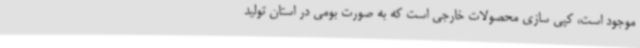
موجود است، کپی سازی محصولات خارجی است که به صورت بومی در استان تولید